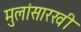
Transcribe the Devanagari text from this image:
मुलांसारखी